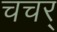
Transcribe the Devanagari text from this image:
चचर्